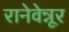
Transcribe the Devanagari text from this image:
रानेवेन्नूर